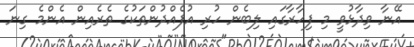
އޭނާ ވިދާޅުވީ މި ފިހާރާގައި ލިބެން ހުރި އުފެއްދުންތަކުގެ ތެރެއިން އެންމެ ގިނަ